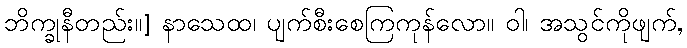
ဘိက္ခုနီတည်း။] နာသေထ၊ ပျက်စီးစေကြကုန်လော။ ဝါ၊ အသွင်ကိုဖျက်,